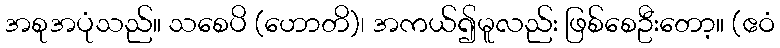
အစုအပုံသည်။ သစေပိ (ဟောတိ)၊ အကယ်၍မူလည်း ဖြစ်စေဦးတော့။ (ဧဝံ